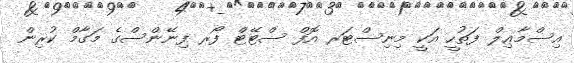
އިސްމާޢިލް ފަތުހީ އަކީ މިނިސްޓަރ އޮފް ސްޓޭޓް ފޯރ ފިނޭންސްގެ މަގާމް ކުރިން